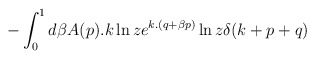
\begin{align*}-\int _{0}^{1}d \beta A(p).k \ln z e^{k.(q+\beta p)} \ln z \delta (k+p+q)\end{align*}